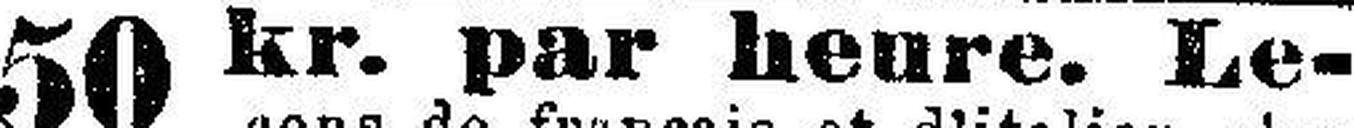
50 kr. par heure. Le¬